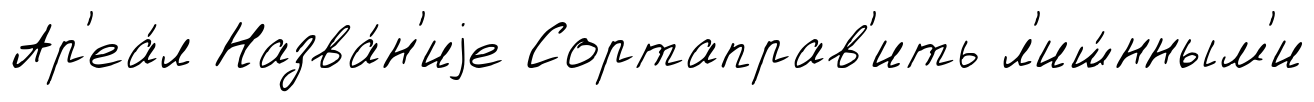
Ар'еа́л Назва́н'иjе Сортаправ'ить л'иш́нным'и